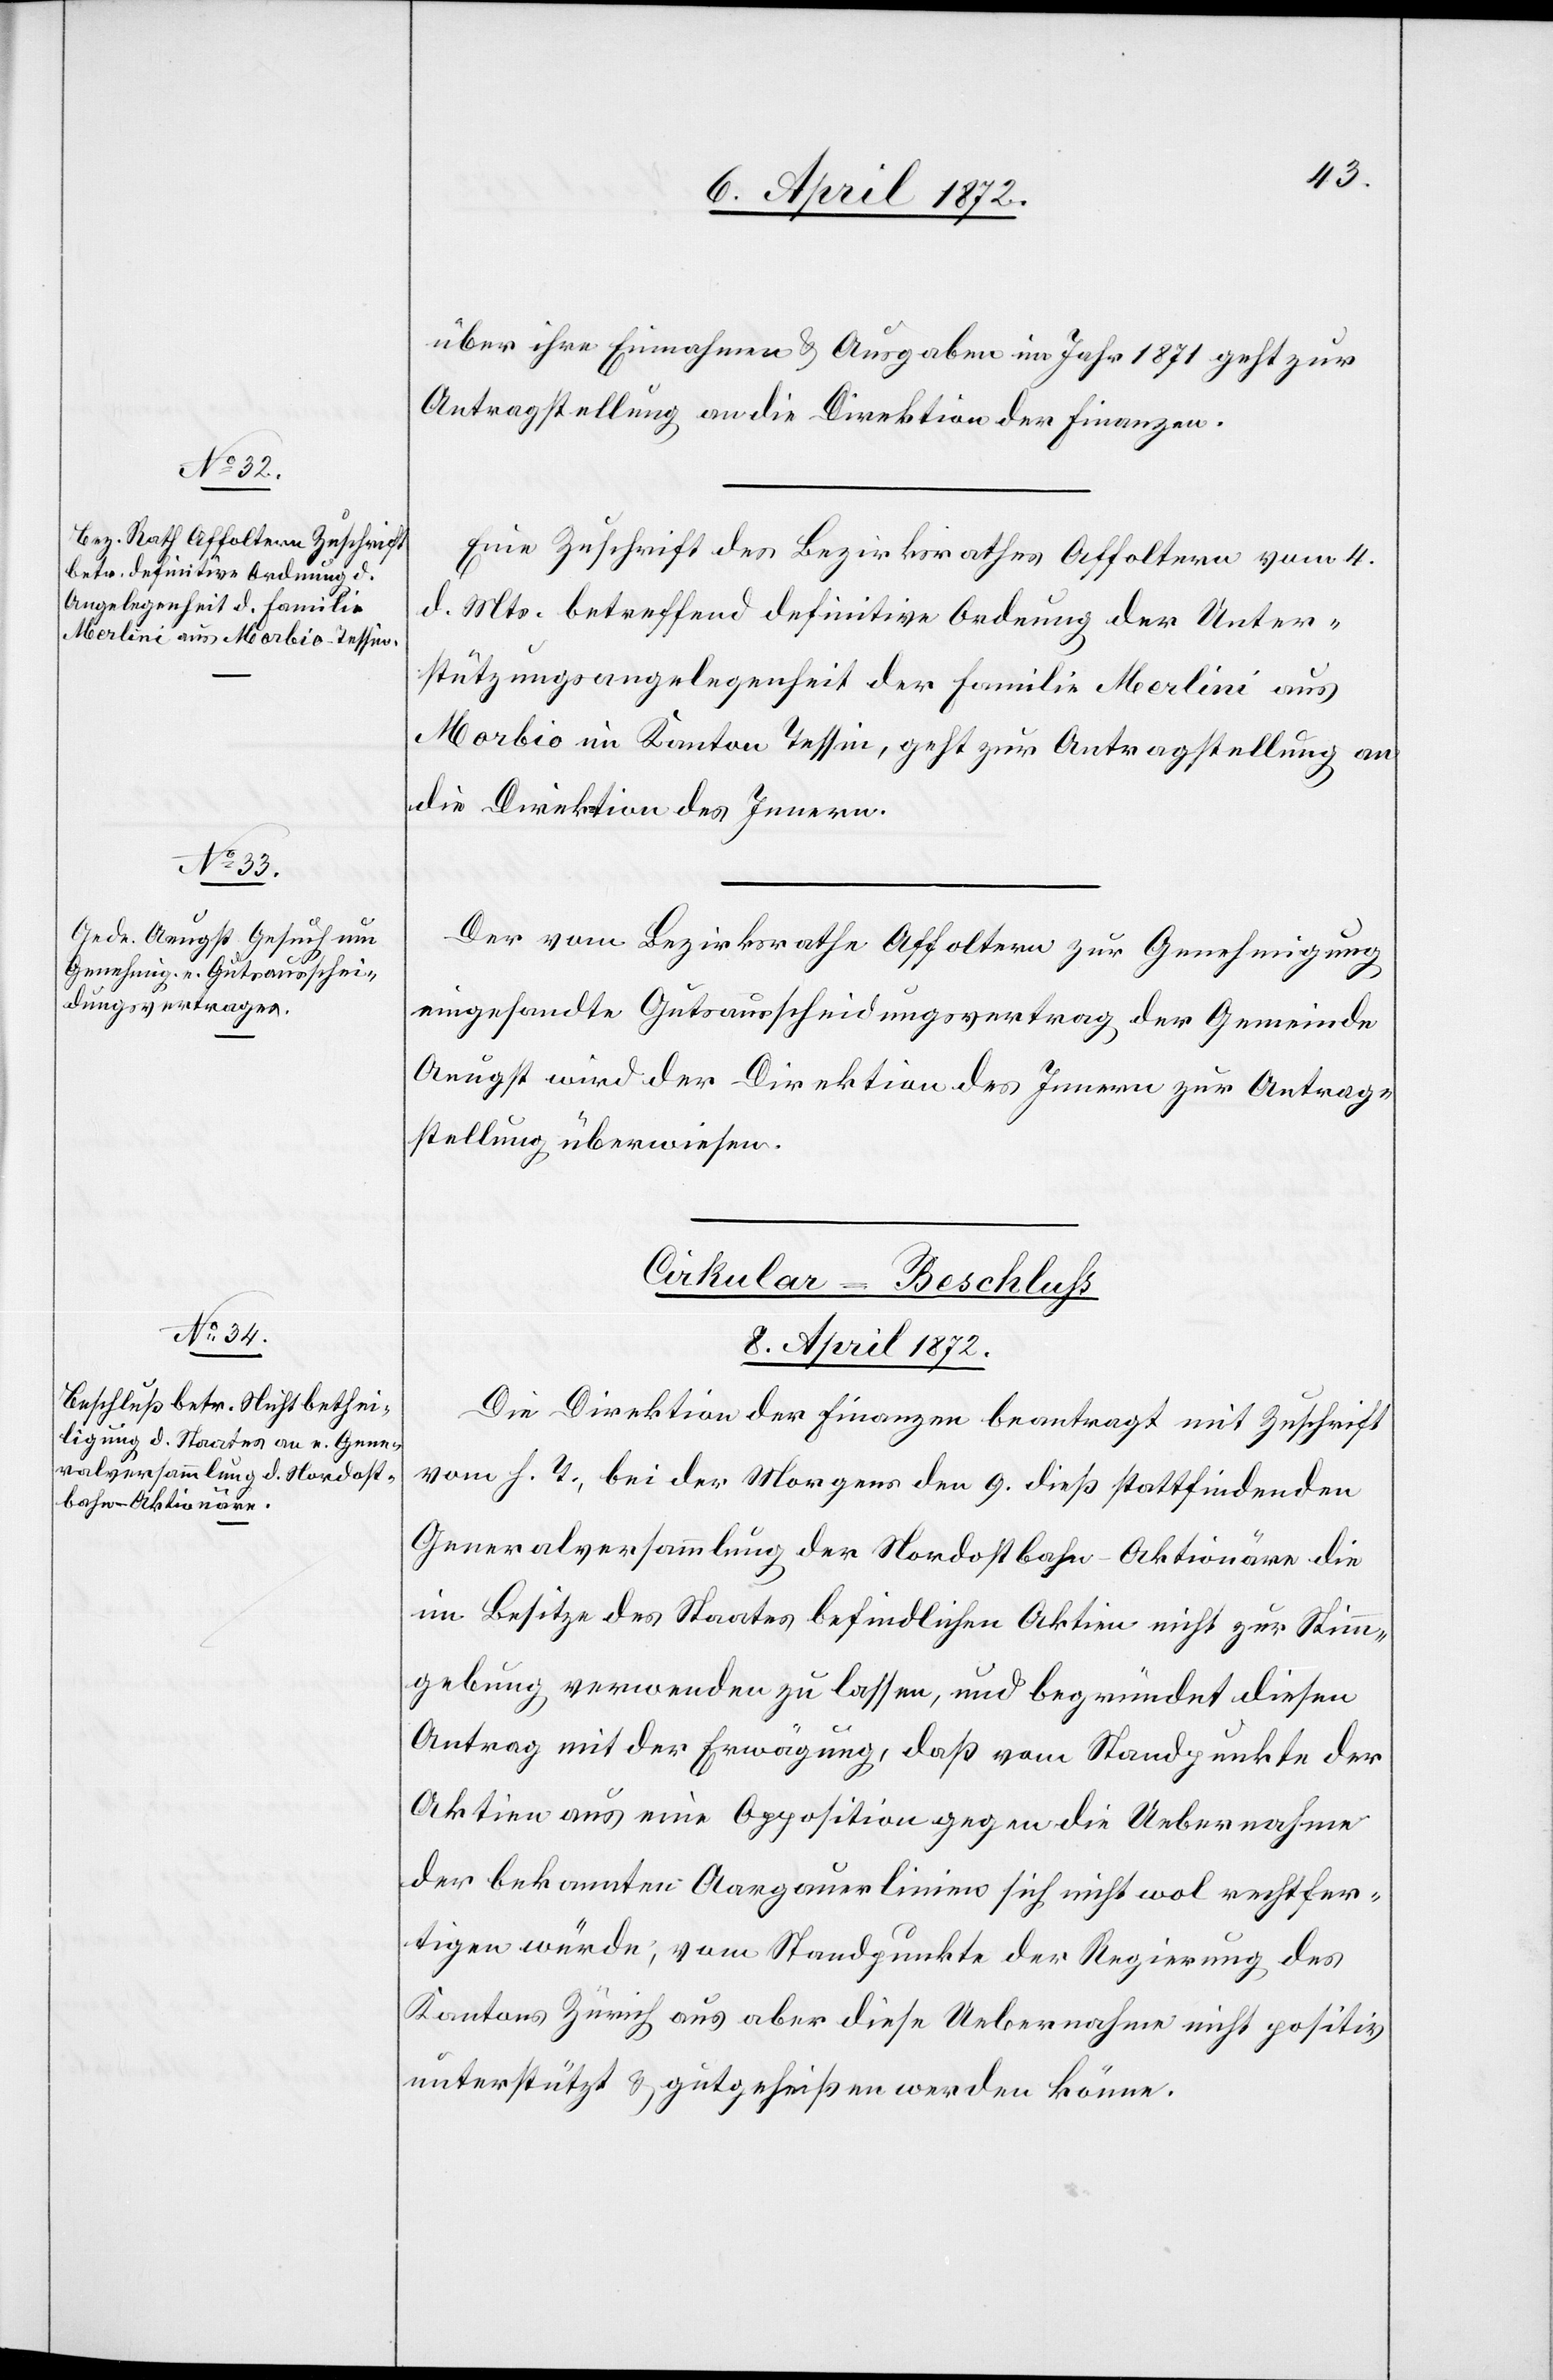
über ihre Einnahmen u. Ausgaben im Jahr 1871 geht zur
Antragstellung an die Direktion der Finanzen.
Eine Zuschrift des Bezirksrathes Affoltern vom 4.
d. Mts. betreffend definitive Ordnung der Unter¬
stützungsangelegenheit der Familie Merlini aus
Morbio im Kanton Tessin, geht zur Antragstellung an
die Direktion des Innern.
Der vom Bezirksrathe Affoltern zur Genehmigung
eingesandte Gutsausscheidungsvertrag der Gemeinde
Aeugst wird der Direktion des Innern zur Antrag¬
stellung überwiesen.
Cirkular-Beschluß
8. April 1872.
Die Direktion der Finanzen beantragt mit Zuschrift
vom h. T., bei der Morgens den 9. dieß stattfindenden
Generalversammlung der Nordostbahn-Aktionäre die
im Besitze des Staates befindlichen Aktien nicht zur Stimm¬
gebung verwenden zu lassen, und begründet diesen
Antrag mit der Erwägung, daß vom Standpunkte der
Aktien aus eine Opposition gegen die Uebernahme
der bekannten Aargauerlinien sich nicht wol rechtfer¬
tigen würde; vom Standpunkte der Regierung des
Kantons Zürich aus aber diese Uebernahme nicht positiv
unterstützt u. gutgeheißen werden könne.